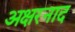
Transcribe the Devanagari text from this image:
अक्षरनाद